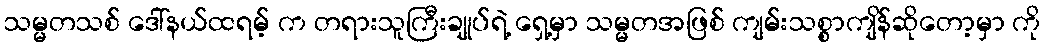
သမ္မတသစ် ဒေါ်နယ်ထရမ့် က တရားသူကြီးချုပ်ရဲ့ ရှေ့မှာ သမ္မတအဖြစ် ကျမ်းသစ္စာကျိန်ဆိုတော့မှာ ကို